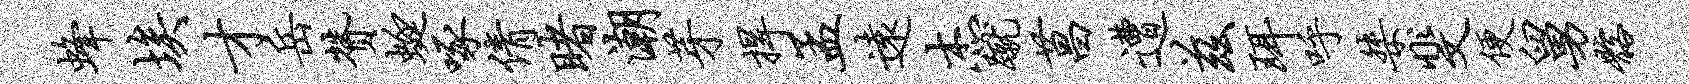
蜂埃才岳赞蜓啄倩睹潮芽捍孟远杰蹴菖遭兹珥呼桀斐便舅髂